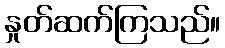
နှုတ်ဆက်ကြသည်။